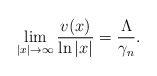
\begin{align*}\lim_{|x|\rightarrow \infty}\frac{v(x)}{\ln|x|}=\frac{\Lambda}{\gamma_{n}}.\end{align*}